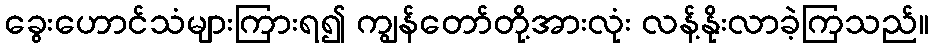
ခွေးဟောင်သံများကြားရ၍ ကျွန်တော်တို့အားလုံး လန့်နိုးလာခဲ့ကြသည်။